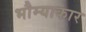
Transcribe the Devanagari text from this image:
भौम्याकार